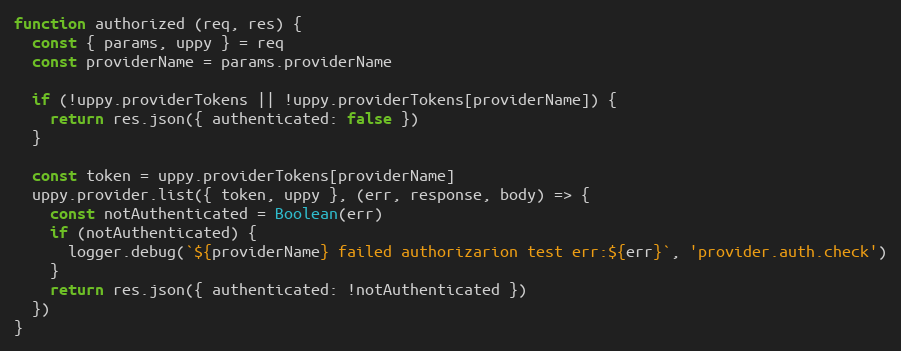
Language: JavaScript
function authorized (req, res) {
  const { params, uppy } = req
  const providerName = params.providerName

  if (!uppy.providerTokens || !uppy.providerTokens[providerName]) {
    return res.json({ authenticated: false })
  }

  const token = uppy.providerTokens[providerName]
  uppy.provider.list({ token, uppy }, (err, response, body) => {
    const notAuthenticated = Boolean(err)
    if (notAuthenticated) {
      logger.debug(`${providerName} failed authorizarion test err:${err}`, 'provider.auth.check')
    }
    return res.json({ authenticated: !notAuthenticated })
  })
}